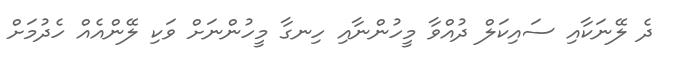
ދެ ލޭނަކާއި ސައިކަލް ދުއްވާ މީހުންނާއި ހިނގާ މީހުންނަށް ވަކި ލޭންއެއް ހެދުމަށް